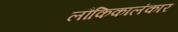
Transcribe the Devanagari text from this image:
लौकिकालंकार